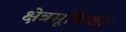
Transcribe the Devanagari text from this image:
क्षेत्रमूषिका